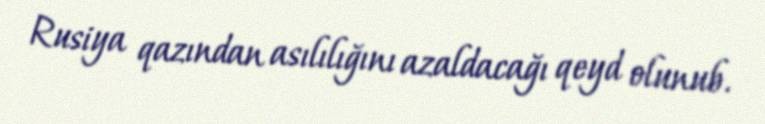
Rusiya qazından asılılığını azaldacağı qeyd olunub.